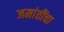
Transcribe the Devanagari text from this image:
जमांतींचा